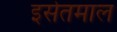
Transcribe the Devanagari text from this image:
इसेतमाल